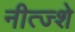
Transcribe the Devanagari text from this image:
नीत्ज्शे